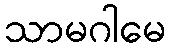
သာမဂါမေ